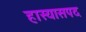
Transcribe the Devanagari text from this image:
हास्यासपद